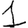
Digit: 1